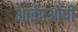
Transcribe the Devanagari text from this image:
आईएओपी